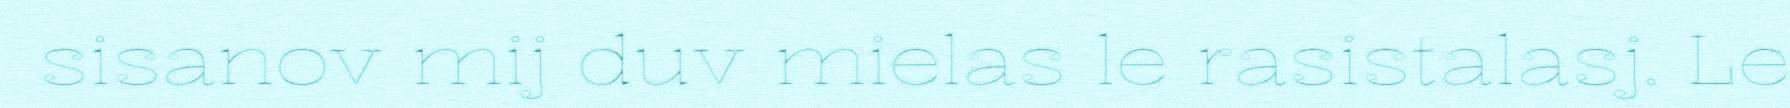
sisanov mij duv mielas le rasistalasj. Le